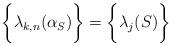
LaTeX: \begin{align*}\bigg\{ \lambda_{k,n}(\alpha_S) \bigg\} = \bigg\{ \lambda_j(S) \bigg\}\end{align*}